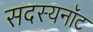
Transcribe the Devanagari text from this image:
सदस्यनॉट